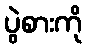
ပွဲစားကို